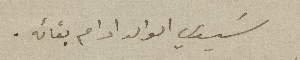
سَيدي الوالد ادام بقائه.